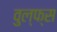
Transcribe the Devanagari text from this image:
वुल्फ्स